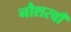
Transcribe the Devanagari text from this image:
नौशरवाँ